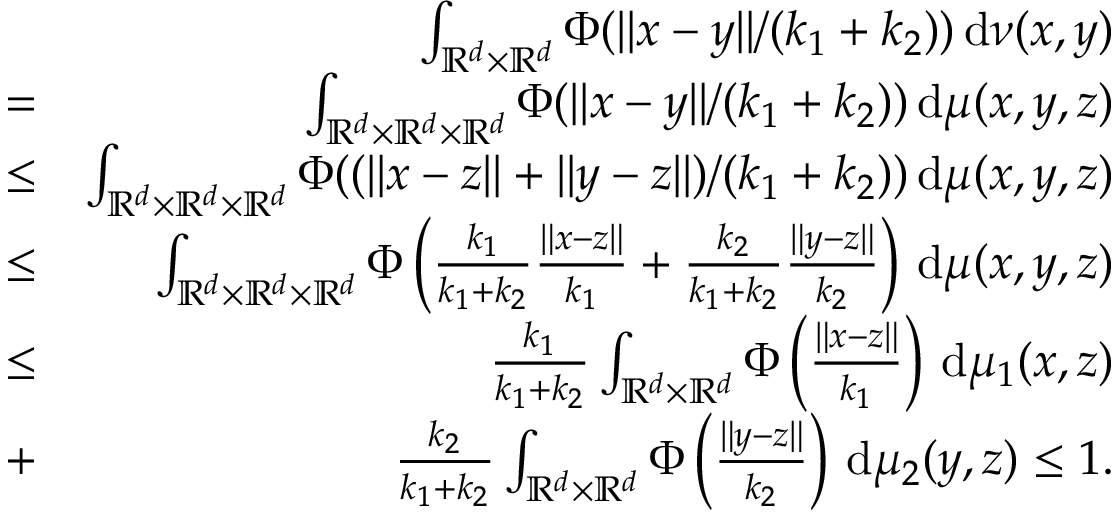
\begin{array} { r l r } & { } & { \int _ { \mathbb { R } ^ { d } \times \mathbb { R } ^ { d } } \Phi ( \| x - y \| / ( k _ { 1 } + k _ { 2 } ) ) \, \mathrm { d } \nu ( x , y ) } \\ & { = } & { \int _ { \mathbb { R } ^ { d } \times \mathbb { R } ^ { d } \times \mathbb { R } ^ { d } } \Phi ( \| x - y \| / ( k _ { 1 } + k _ { 2 } ) ) \, \mathrm { d } \mu ( x , y , z ) } \\ & { \leq } & { \int _ { \mathbb { R } ^ { d } \times \mathbb { R } ^ { d } \times \mathbb { R } ^ { d } } \Phi ( ( \| x - z \| + \| y - z \| ) / ( k _ { 1 } + k _ { 2 } ) ) \, \mathrm { d } \mu ( x , y , z ) } \\ & { \leq } & { \int _ { \mathbb { R } ^ { d } \times \mathbb { R } ^ { d } \times \mathbb { R } ^ { d } } \Phi \left( \frac { k _ { 1 } } { k _ { 1 } + k _ { 2 } } \frac { \| x - z \| } { k _ { 1 } } + \frac { k _ { 2 } } { k _ { 1 } + k _ { 2 } } \frac { \| y - z \| } { k _ { 2 } } \right) \, \mathrm { d } \mu ( x , y , z ) } \\ & { \leq } & { \frac { k _ { 1 } } { k _ { 1 } + k _ { 2 } } \int _ { \mathbb { R } ^ { d } \times \mathbb { R } ^ { d } } \Phi \left( \frac { \| x - z \| } { k _ { 1 } } \right) \, \mathrm { d } \mu _ { 1 } ( x , z ) } \\ & { + } & { \frac { k _ { 2 } } { k _ { 1 } + k _ { 2 } } \int _ { \mathbb { R } ^ { d } \times \mathbb { R } ^ { d } } \Phi \left( \frac { \| y - z \| } { k _ { 2 } } \right) \, \mathrm { d } \mu _ { 2 } ( y , z ) \leq 1 . } \end{array}